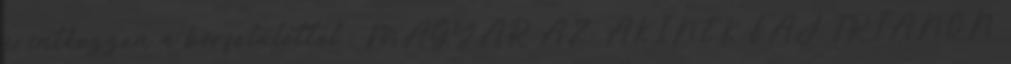
érintkezzen a bőrfelülettel . MAGYAR AZ, AKINEK FÁJ TRIANON